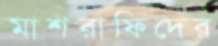
মাশরাফিদের